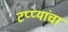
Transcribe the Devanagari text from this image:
टप्प्यांचा